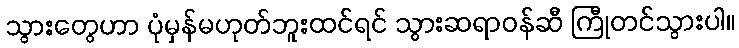
သွားတွေဟာ ပုံမှန်မဟုတ်ဘူးထင်ရင် သွားဆရာဝန်ဆီ ကြီုတင်သွားပါ။